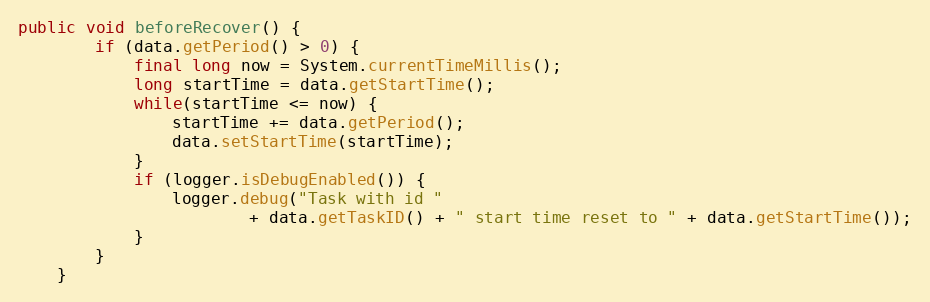
Language: Java
public void beforeRecover() {
		if (data.getPeriod() > 0) {
			final long now = System.currentTimeMillis();
			long startTime = data.getStartTime();
			while(startTime <= now) {
				startTime += data.getPeriod();
				data.setStartTime(startTime);
			}
			if (logger.isDebugEnabled()) {
				logger.debug("Task with id "
						+ data.getTaskID() + " start time reset to " + data.getStartTime());
			}
		}
	}